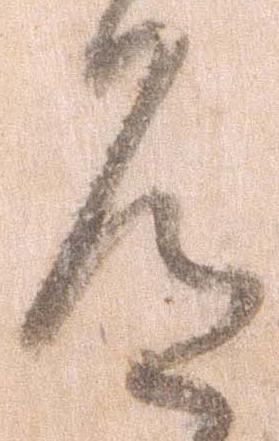
道